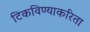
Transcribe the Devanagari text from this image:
टिकविण्याकरिता